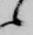
候